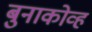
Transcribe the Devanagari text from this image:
बुनाकोव्ह